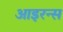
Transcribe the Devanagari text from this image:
आइरन्स